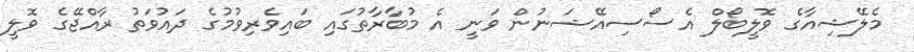
މެލޭޝިއާގެ ވޮލީބޯލް އެސޯސިއޭޝަނުން ވަނީ އެ މުބާރާތުގައި ބައިވެރިވުމުގެ ދައުވަތު ރާއްޖޭގެ ވޮލީ